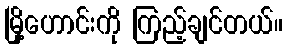
မြို့ဟောင်းကို ကြည့်ချင်တယ်။